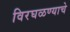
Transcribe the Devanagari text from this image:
विरघळण्याचे